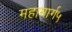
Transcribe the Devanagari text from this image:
महामार्ग५